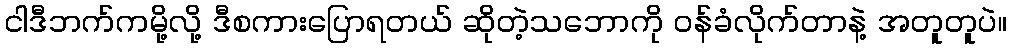
ငါဒီဘက်ကမို့လို့ ဒီစကားပြောရတယ် ဆိုတဲ့သဘောကို ဝန်ခံလိုက်တာနဲ့ အတူတူပဲ။